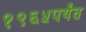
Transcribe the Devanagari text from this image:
१९६५पर्यंत